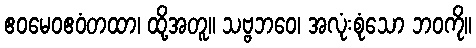
ဧဝမေဝဧဝံတထာ၊ ထို့အတူ။ သဗ္ဗဘဝေ၊ အလုံးစုံသော ဘဝကို။